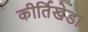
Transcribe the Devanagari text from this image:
कीर्तिखेडा